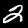
Digit: 2